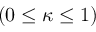
( 0 \leq \kappa \leq 1 )